Report on vaccination in the Province of Bengal - 1874-1889
Year: 1874
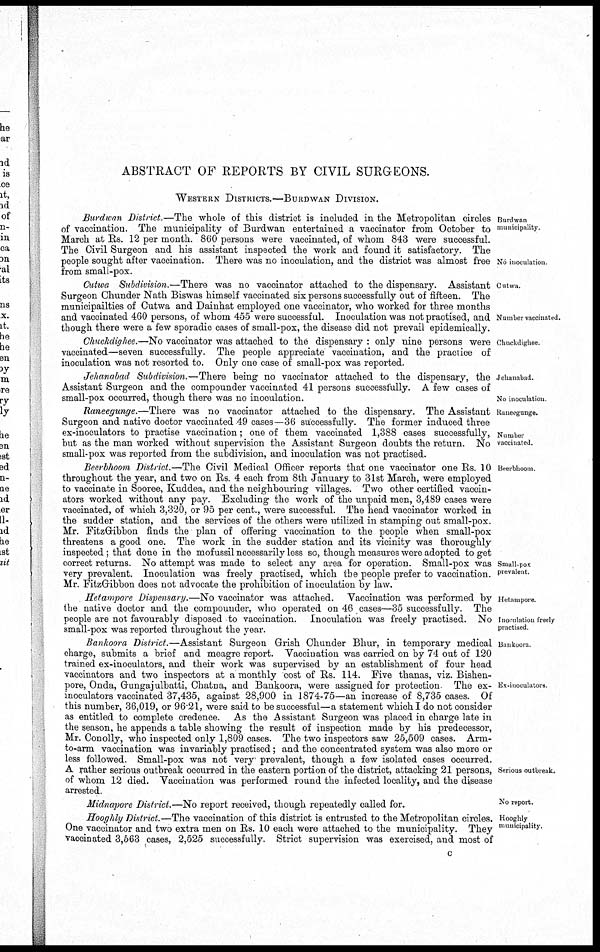
ABSTRACT OF REPORTS BY CIVIL SURGEONS.
WESTERN DISTRICTS.—BURDWAN DIVISION.
Burdwan
municipality
No inoculation
Burdwan District.—The whole of this district is included in the Metropolitan circles
of vaccination. The municipality of Burdwan entertained a vaccinator from October to
March at Rs. 12 per month. 860 persons were vaccinated, of whom 843 were successful.
The Civil Surgeon and his assistant inspected the work and found it satisfactory. The
people sought after vaccination. There was no inoculation, and the district was almost free
from small-pox.
Cutwa.
Number vaccinated.
Cutwa Subdivision.—There was no vaccinator attached to the dispensary. Assistant
Surgeon Chunder Nath Biswas himself vaccinated six persons successfully out of fifteen. The
municipailties of Cutwa and Dainhat employed one vaccinator, who worked for three months
and vaccinated 460 persons, of whom 455 were successful. Inoculation was not practised, and
though there were a few sporadic cases of small-pox, the disease did not prevail epidemically.
Chuckdighee
Chuckdighee.—No vaccinator was attached to the dispensary : only nine persons were
vaccinated—seven successfully. The people appreciate vaccination, and the practice of
inoculation was not resorted to. Only one case of small-pox was reported.
Jehanabad.
No inoculation
Jehanabad Subdivision.—There being no vaccinator attached to the dispensary, the
Assistant Surgeon and the compounder vaccinated 41 persons successfully. A few cases of
small-pox occurred, though there was no inoculation.
Raneegunge.
Number
vaccinated.
Raneegunge.—There was no vaccinator attached to the dispensary. The Assistant
Surgeon and native doctor vaccinated 49 cases—36 successfully. The former induced three
ex-inoculators to practise vaccination; one of them vaccinated 1,388 cases successfully,
but as the man worked without supervision the Assistant Surgeon doubts the return. No
small-pox was reported from the subdivision, and inoculation was not practised.
Beerbhoom.
Small-pox
prevalent.
Beerbhoom District.—The Civil Medical Officer reports that one vaccinator one Rs. 10
throughout the year, and two on Rs 4 each from 8th January to 31st March, were employed
to vaccinate in Sooree, Kuddea, and the neighbouring villages. Two other certified vaccin-
ators worked without any pay. Excluding the work of the unpaid men, 3,489 cases were
vaccinated, of which 3,320, or 95 per cent., were successful. The head vaccinator worked in
the sudder station, and the services of the others were utilized in stamping out small-pox.
Mr. FitzGibbon finds the plan of offering vaccination to the people when small-pox
threatens a good one. The work in the sudder station and its vicinity was thoroughly
inspected; that done in the mofussil necessarily less so, though measures were adopted to get
correct returns. No attempt was made to select any area for operation. Small-pox was
very prevalent. Inoculation was freely practised, which the people prefer to vaccination.
Mr. FitzGibbon does not advocate the prohibition of inoculation by law.
Hetampore
Inoculation freely
practised
Hetampore Dispensary.—No vaccinator was attached. Vaccination was performed by
the native doctor and the compounder, who operated on 46 cases—35 successfully. The
people are not favourably disposed to vaccination. Inoculation was freely practised. No
small-pox was reported throughout the year.
Bankoora
Ex-inoculators
Serious outbreak.
Bankoora District.—Assistant Surgeon Grish Chunder Bhur, in temporary medical
charge, submits a brief and meagre report. Vaccination was carried on by 74 out of 120
trained ex-inoculators, and their work was supervised by an establishment of four head
vaccinators and two inspectors at a monthly cost of Rs. 114. Five thanas, viz. Bishen-
pore, Onda, Gungajulbatti, Chatna, and Bankoora, were assigned for protection The ex-
inoculators vaccinated 37,435, against 28,900 in 1874-75—an increase of 8,735 cases. Of
this number, 36,019, or 96 21, were said to be successful—a statement which I do not consider
as entitled to complete credence. As the Assistant Surgeon was placed in charge late in
the season, he appends a table showing the result of inspection made by his predecessor,
Mr. Conolly, who inspected only 1,809 cases. The two inspectors saw 25,509 cases. Arm-
to-arm vaccination was invariably practised; and the concentrated system was also more or
less followed. Small-pox was not very prevalent, though a few isolated cases occurred.
A rather serious outbreak occurred in the eastern portion of the district, attacking 21 persons,
of whom 12 died. Vaccination was performed round the infected locality, and the disease
arrested
No report.
Midnapore District.—No report received, though repeatedly called for.
Hooghly
municipality
Hooghly District.—The vaccination of this district is entrusted to the Metropolitan circles.
One vaccinator and two extra men on Rs. 10 each were attached to the municipality. They
vaccinated 3,563 cases, 2,525 successfully. Strict supervision was exercised, and most of
c